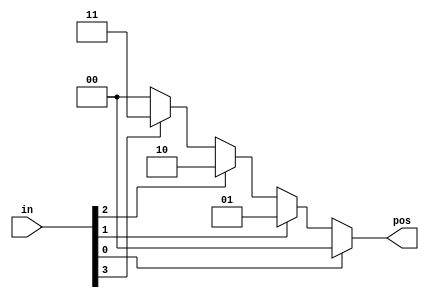
/* Build a 4-bit priority encoder. 
    For this problem, if none of the input bits are high (i.e., input is zero), output zero. 
    Note that a 4-bit number has 16 possible combinations. */
    
module top_module (
    input [3:0] in,
    output reg [1:0] pos  );
    
    always @(*) begin
        if (in[0] == 1'b1)
            pos = 0;
        else if (in[1] == 1'b1)
            pos = 1;
        else if (in[2] == 1'b1)
            pos = 2;
        else if (in[3] == 1'b1)
            pos = 3;
        else
            pos=0;
                 
    end

endmodule